Source: Handwritten
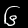
Digit: ၆ (6)